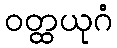
ဝတ္ထယုဂံ